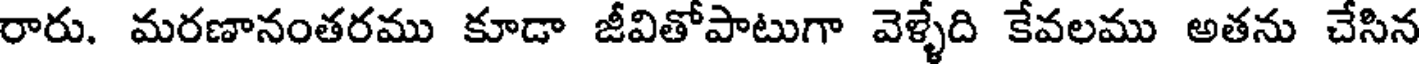
రారు. మరణానంతరము కూడా జీవితోపాటుగా వెళ్ళేది కేవలము అతను చేసిన